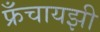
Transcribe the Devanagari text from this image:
फ्रँचायझी